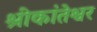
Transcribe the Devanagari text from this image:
श्रीकांतेश्वर